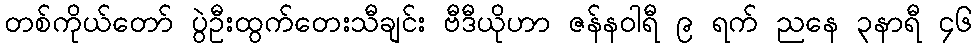
တစ်ကိုယ်တော် ပွဲဦးထွက်တေးသီချင်း ဗီဒီယိုဟာ ဇန်န၀ါရီ ၉ ရက် ညနေ ၃နာရီ ၄၆